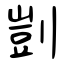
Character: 剴